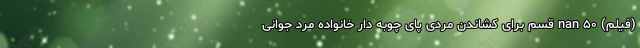
(فیلم) nan ۵۰ قسم برای کشاندن مردی پای چوبه دار خانواده مرد جوانی